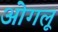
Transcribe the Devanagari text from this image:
ओगलू